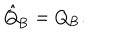
\hat { Q } _ { \mathrm { B } } = Q _ { \mathrm { B } } .